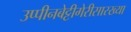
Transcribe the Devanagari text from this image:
उप्पीनबेट्टीगेरीसारख्या